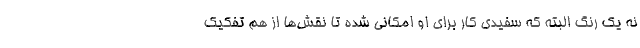
نه یک رنگ البته که سفیدی کار برای او امکانی شده تا نقش‌ها از هم تفکیک